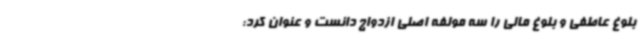
بلوغ عاطفی و بلوغ مالی را سه مولفه اصلی ازدواج دانست و عنوان کرد: